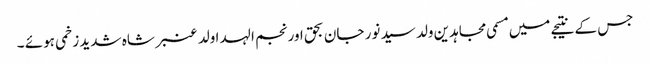
جس کے نتیجے میں مسمی مجاہدین ولد سید نور جان بحق اور نجم الہدا ولد عنبر شاہ شدید زخمی ہوئے ۔